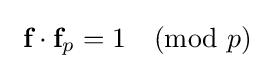
\ {\textbf {f}}\cdot {\textbf {f}}_{p}=1{\pmod {p}}